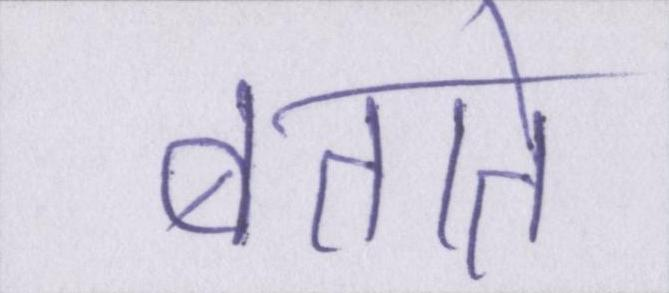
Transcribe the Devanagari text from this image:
बताते